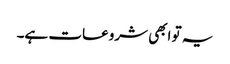
یہ تو ابھی شروعات ہے۔